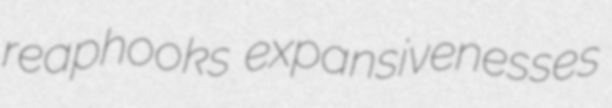
reaphooks expansivenesses